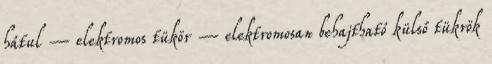
hátul – elektromos tükör – elektromosan behajtható külső tükrök